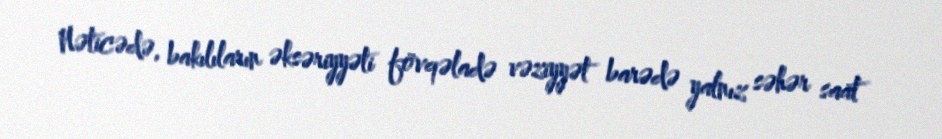
Nəticədə, bakılıların əksəriyyəti fövqəladə vəziyyət barədə yalnız səhər saat